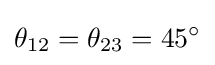
\theta _{12}=\theta _{23}=45^{\circ }